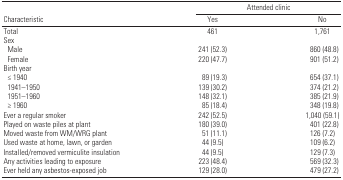
<table><thead><tr><td colspan="3"><b>Attended clinic</b></td></tr><tr><td><b>Characteristic</b></td><td><b>Yes</b></td><td><b>No</b></td></tr></thead><tbody><tr><td>Total</td><td></td><td>461</td><td></td><td>1,761</td></tr><tr><td>Sex</td><td></td><td></td><td></td><td></td></tr><tr><td>Male</td><td></td><td>241 (52.3)</td><td></td><td>860 (48.8)</td></tr><tr><td>Female</td><td></td><td>220 (47.7)</td><td></td><td>901 (51.2)</td></tr><tr><td>Birth year</td><td></td><td></td><td></td><td></td></tr><tr><td>≤ 1940</td><td></td><td>89 (19.3)</td><td></td><td>654 (37.1)</td></tr><tr><td>1941–1950</td><td></td><td>139 (30.2)</td><td></td><td>374 (21.2)</td></tr><tr><td>1951–1960</td><td></td><td>148 (32.1)</td><td></td><td>385 (21.9)</td></tr><tr><td>≥ 1960</td><td></td><td>85 (18.4)</td><td></td><td>348 (19.8)</td></tr><tr><td>Ever a regular smoker</td><td></td><td>242 (52.5)</td><td></td><td>1,040 (59.1)</td></tr><tr><td>Played on waste piles at plant</td><td></td><td>180 (39.0)</td><td></td><td>401 (22.8)</td></tr><tr><td>Moved waste from WM/WRG plant</td><td></td><td>51 (11.1)</td><td></td><td>126 (7.2)</td></tr><tr><td>Used waste at home, lawn, or garden</td><td></td><td>44 (9.5)</td><td></td><td>109 (6.2)</td></tr><tr><td>Installed/removed vermiculite insulation</td><td></td><td>44 (9.5)</td><td></td><td>129 (7.3)</td></tr><tr><td>Any activities leading to exposure</td><td></td><td>223 (48.4)</td><td></td><td>569 (32.3)</td></tr><tr><td>Ever held any asbestos-exposed job</td><td></td><td>129 (28.0)</td><td></td><td>479 (27.2)</td></tr></tbody></table>